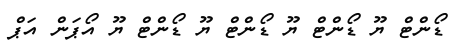
ޑޯންޓް ޔޫ ޑޯންޓް ޔޫ ޑޯންޓް ޔޫ ޑޯންޓް ޔޫ އޯޕަން އަޕް